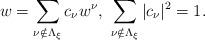
LaTeX: \begin{align*}w=\sum_{\nu\notin\Lambda_\xi} c_\nu w^\nu,\ \sum_{\nu\notin\Lambda_\xi}|c_\nu|^2=1.\end{align*}